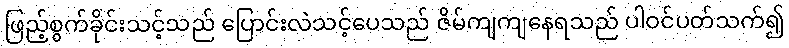
ဖြည့်စွက်ခိုင်းသင့်သည် ပြောင်းလဲသင့်ပေသည် ဇိမ်ကျကျနေရသည် ပါဝင်ပတ်သက်၍